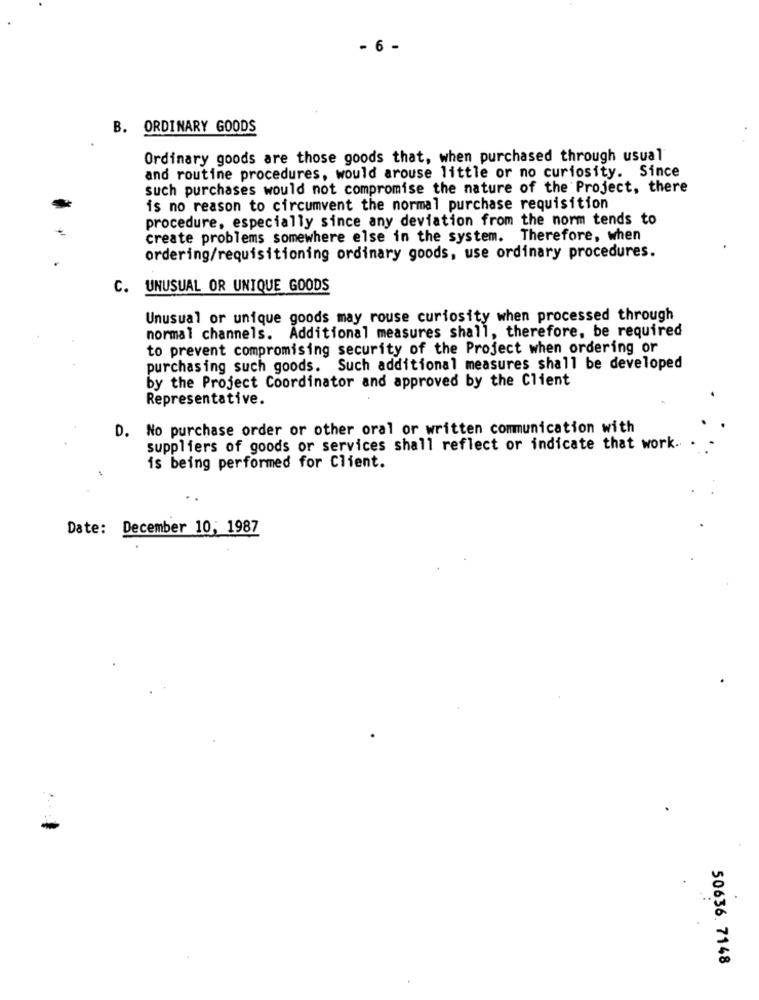
- 6 -
B. ORDINARY GOODS
Ordinary goods are those goods that, when purchased through usual
and routine procedures, would arouse little or no curiosity. Since
such purchases would not compromise the nature of the Project, there
is no reason to circumvent the normal purchase requisition
procedure, especially since any deviation from the norm tends to
create problems somewhere else in the system. Therefore, when
ordering/requisitioning ordinary goods, use ordinary procedures.
C. UNUSUAL OR UNIQUE GOODS
Unusual or unique goods may rouse curiosity when processed through
normal channels. Additional measures shall, therefore, be required
to prevent compromising security of the Project when ordering or
purchasing such goods. Such additional measures shall be developed
by the Project Coordinator and approved by the Client
Representative.
D. No purchase order or other oral or written communication with
suppliers of goods or services shall reflect or indicate that work .. .
is being performed for Client.
Date: December 10, 1987
50636. 7148